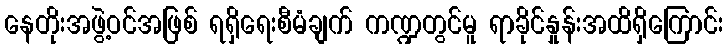
နေတိုးအဖွဲ့ဝင်အဖြစ် ရရှိရေးစီမံချက် ကဏ္ဍတွင်မူ ရာခိုင်နှုန်းအထိရှိကြောင်း